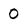
Character: 0